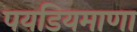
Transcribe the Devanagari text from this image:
पयडियमाणा